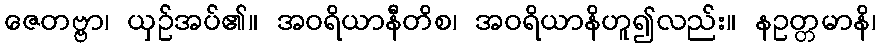
ဇေတဗ္ဗာ၊ ယှဉ်အပ်၏။ အဝရိယာနီတိစ၊ အဝရိယာနိဟူ၍လည်း။ နဥတ္တမာနိ၊